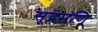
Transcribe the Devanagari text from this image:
सूद्रमणि